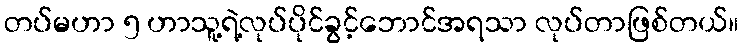
တပ်မဟာ ၅ ဟာသူ့ရဲ့လုပ်ပိုင်ခွင့်ဘောင်အရသာ လုပ်တာဖြစ်တယ်။